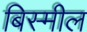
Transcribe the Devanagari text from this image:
बिस्मील